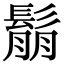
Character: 鬅